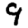
Digit: 9